Report on the working of the Ranchi Indian Mental Hospital, Kanke, in Bihar and Orissa - 1930-1940
Year: 1930
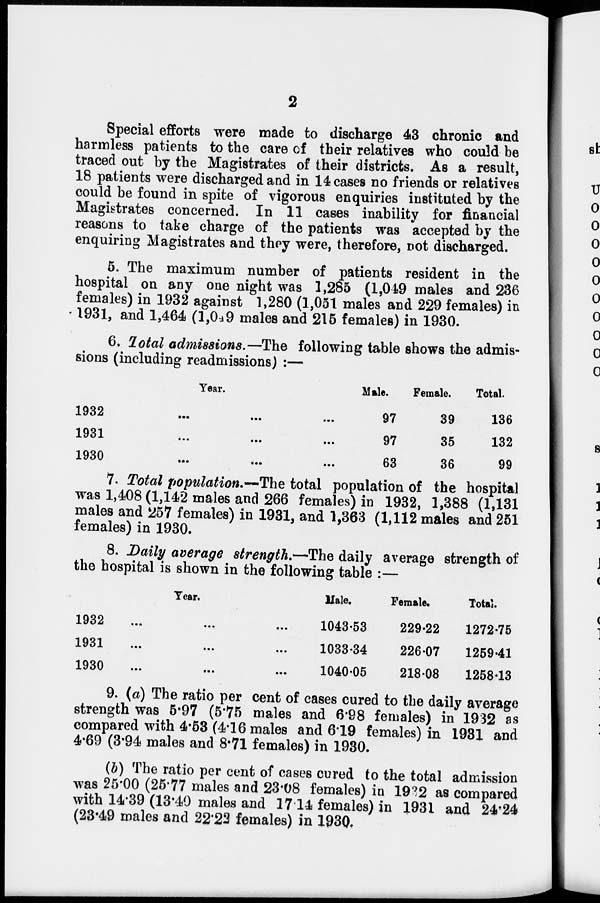
2
Special efforts were made to discharge 43 chronic and
harmless patients to the care of their relatives who could be
traced out by the Magistrates of their districts. As a result,
18 patients were discharged and in 14 cases no friends or relatives
could be found in spite of vigorous enquiries instituted by the
Magistrates concerned. In 11 cases inability for financial
reasons to take charge of the patients was accepted by the
enquiring Magistrates and they were, therefore, not discharged.
5. The maximum number of patients resident in the
hospital on any one night was 1,285 (1,049 males and 236
females) in 1932 against 1,280 (1,051 males and 229 females) in
1931, and 1,464 (1,049 males and 215 females) in 1930.
6. Total admissions.—The following table shows the admis-
sions (including readmissions) :—
Year.
1932...
...
...
1931
...
...
...
1930...
...
...
Male.
97
97
63
Female.
39
35
36
Total.
136
132
99
7. Total population.—The total population of the hospital
was 1,408 (1,142 males and 266 females) in 1932, 1,388 (1,131
males and 257 females) in 1931, and 1,363 (1,112 males and 251
females) in 1930.
8. Daily average strength.—The daily average strength of
the hospital is shown in the following table :—
Year.
1932
...
...
...
1931
...
...
...
1930
...
...
...
Male.
1043.53
1033.34
1040.05
Female.
229.22
226.07
218.08
Total.
1272.75
1259.41
1258.13
9. (a) The ratio per cent of cases cured to the daily average
strength was 5.97 (5.75 males and 6.98 females) in 1932 as
compared with 4.53 (4.16 males and 6.19 females) in 1931 and
4.69 (3.94 males and 8.71 females) in 1930.
(b) The ratio per cent of cases cured to the total admission
was 25.00 (25.77 males and 23.08 females) in 1932 as compared
with 14.39 (13.40 males and 17.14 females) in 1931 and 24.24
(23.49 males and 22.22 females) in 1930.